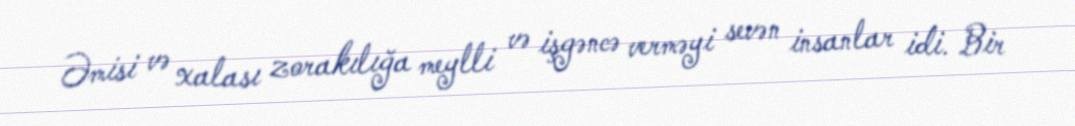
Əmisi və xalası zorakılığa meylli və işgəncə verməyi sevən insanlar idi. Bir